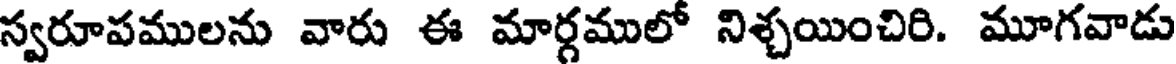
స్వరూపములను వారు ఈ మార్గములో నిశ్చయించిరి. మూగవాడు